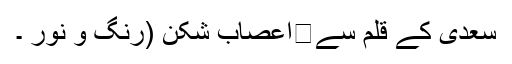
سعدی کے قلم سے	اعصاب شکن (رنگ و نور ۔